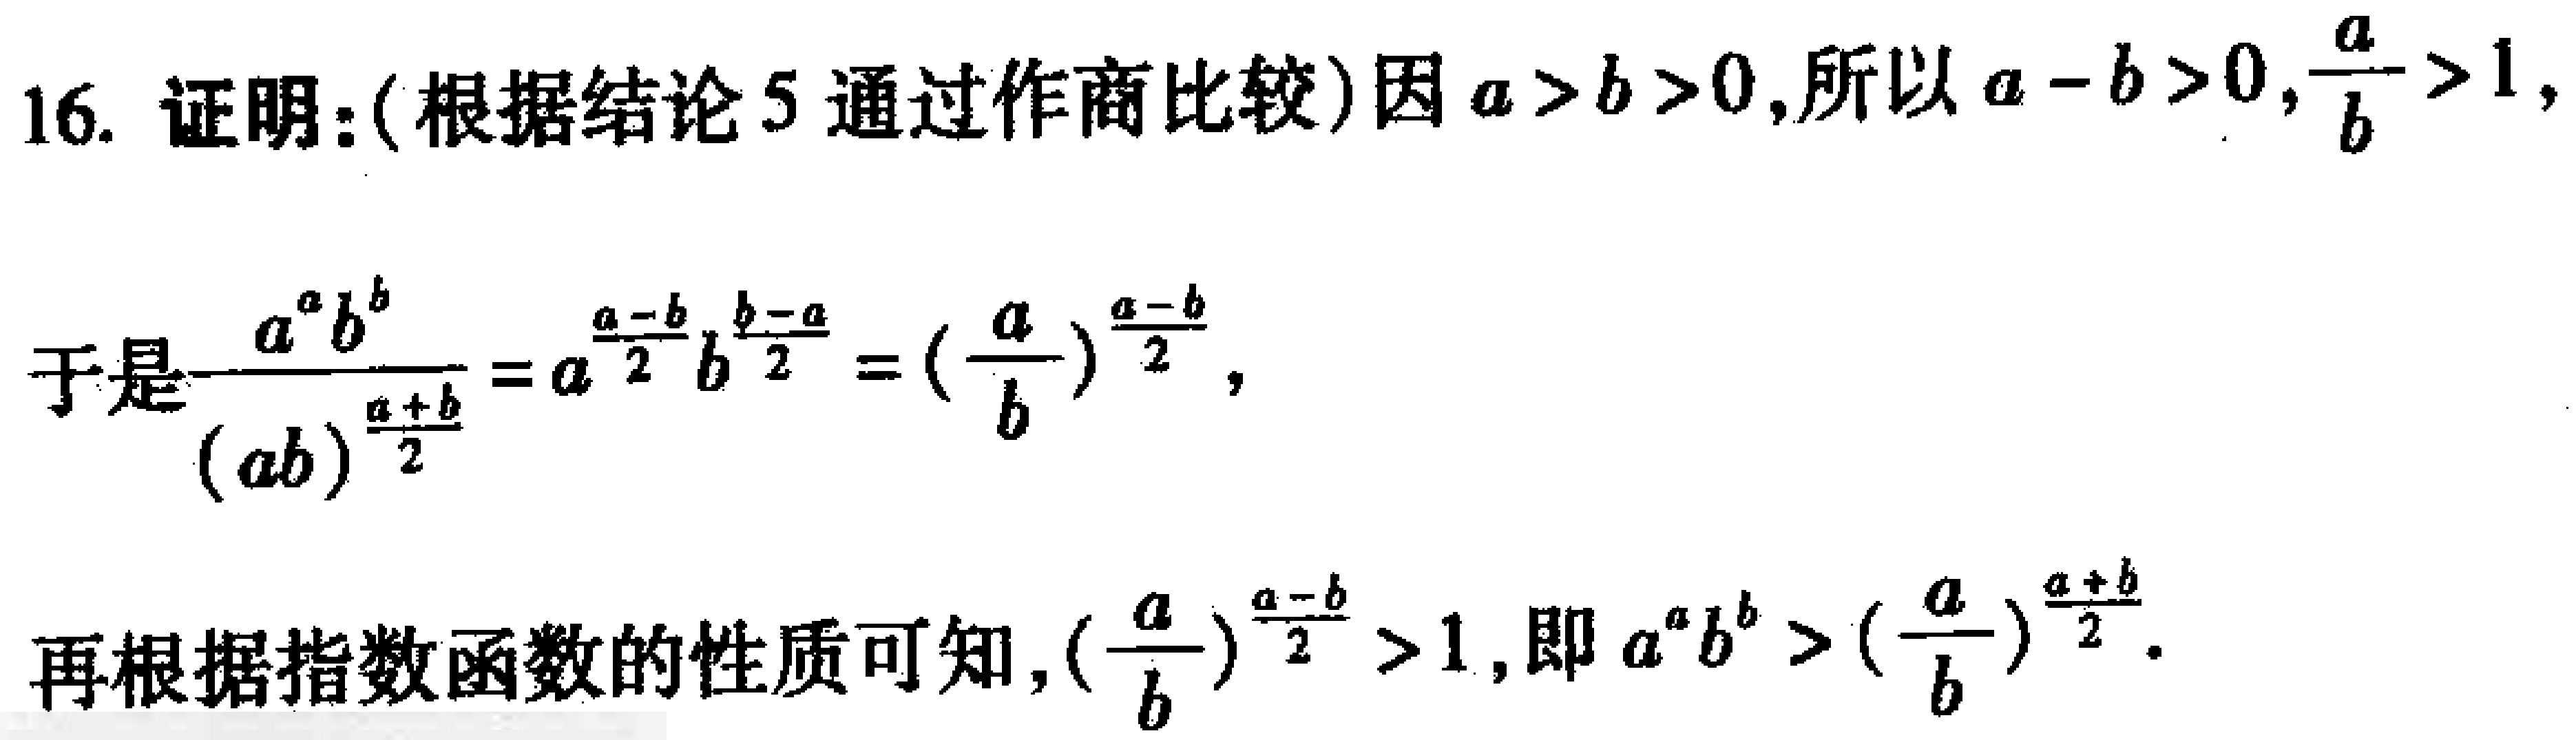
16. 证明：(根据结论5通过作商比较)因\(a > b > 0\)，所以\(a - b > 0\)，\(\frac{a}{b} > 1\)，

于是\(\frac{a^{a}b^{b}}{(ab)^{\frac{a + b}{2}}}=a^{\frac{a - b}{2}}b^{\frac{b - a}{2}}=(\frac{a}{b})^{\frac{a - b}{2}}\)，

再根据指数函数的性质可知，\((\frac{a}{b})^{\frac{a - b}{2}} > 1\)，即\(a^{a}b^{b} > (\frac{a}{b})^{\frac{a + b}{2}}\)。